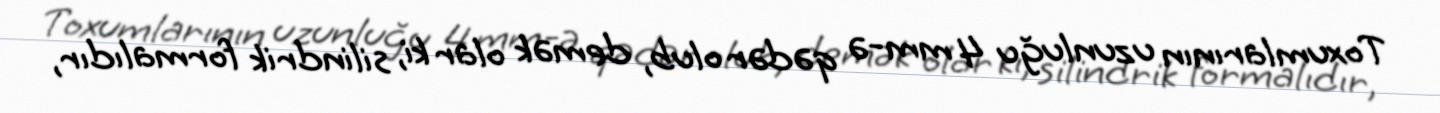
Toxumlarının uzunluğu 4 mm-ə qədər olub, demək olar ki, silindrik formalıdır,